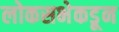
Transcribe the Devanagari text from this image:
लोकसभेकडून